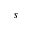
s